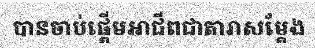
បានចាប់ផ្តើមអាជីពជាតារាសម្តែង